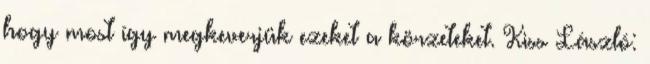
hogy most így megkeverjük ezeket a körzeteket. Kiss László: